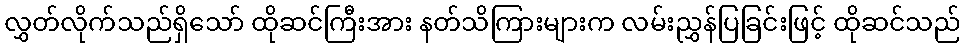
လွှတ်လိုက်သည်ရှိသော် ထိုဆင်ကြီးအား နတ်သိကြားများက လမ်းညွှန်ပြခြင်းဖြင့် ထိုဆင်သည်